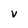
Character: v